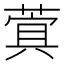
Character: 𮐖